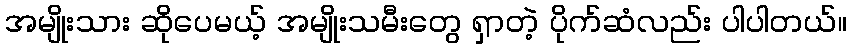
အမျိုးသား ဆိုပေမယ့် အမျိုးသမီးတွေ ရှာတဲ့ ပိုက်ဆံလည်း ပါပါတယ်။